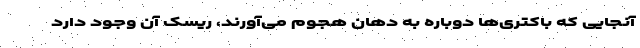
آنجایی که باکتری‌ها دوباره به دهان هجوم می‌آورند، ریسک آن وجود دارد